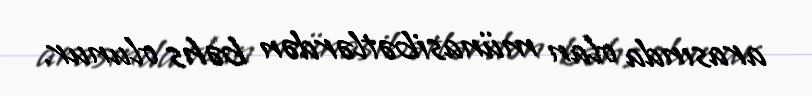
arasında olan münasibətlərdən bəhs olunur.